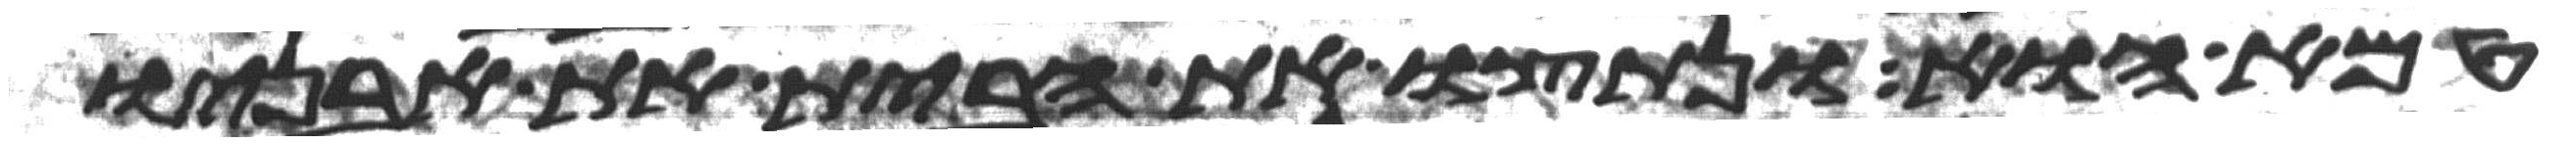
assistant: טמא הוא ונתצו את הבית את אבניו